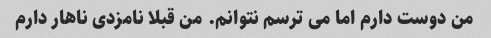
من دوست دارم اما می ترسم نتوانم. من قبلا نامزدی ناهار دارم